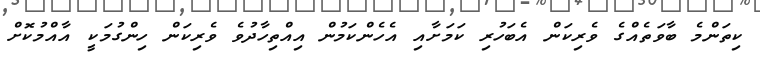
ކިތަންމެ ބާވަތެއްގެ ވެރިކަން އެބަހުރި ކަމަށާއި އެހެންކަމުން އިއްތިހާދުވެ ވެރިކަން ހިންގުމަކީ އާއްމުކޮށް